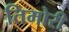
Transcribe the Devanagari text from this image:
तिमोरी